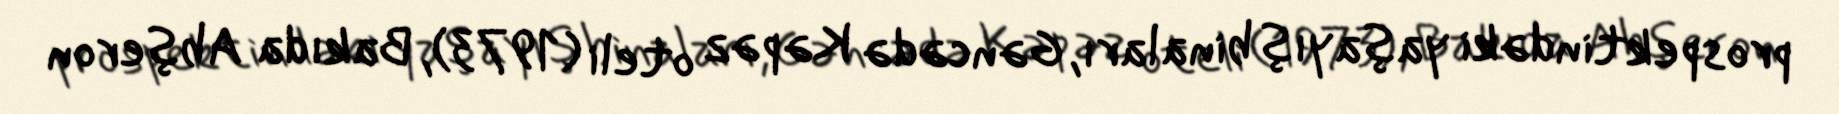
prospektindəki yaşayış binaları, Gəncədə Kəpəz oteli (1973), Bakıda Abşeron